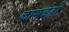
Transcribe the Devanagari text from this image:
कासवेही